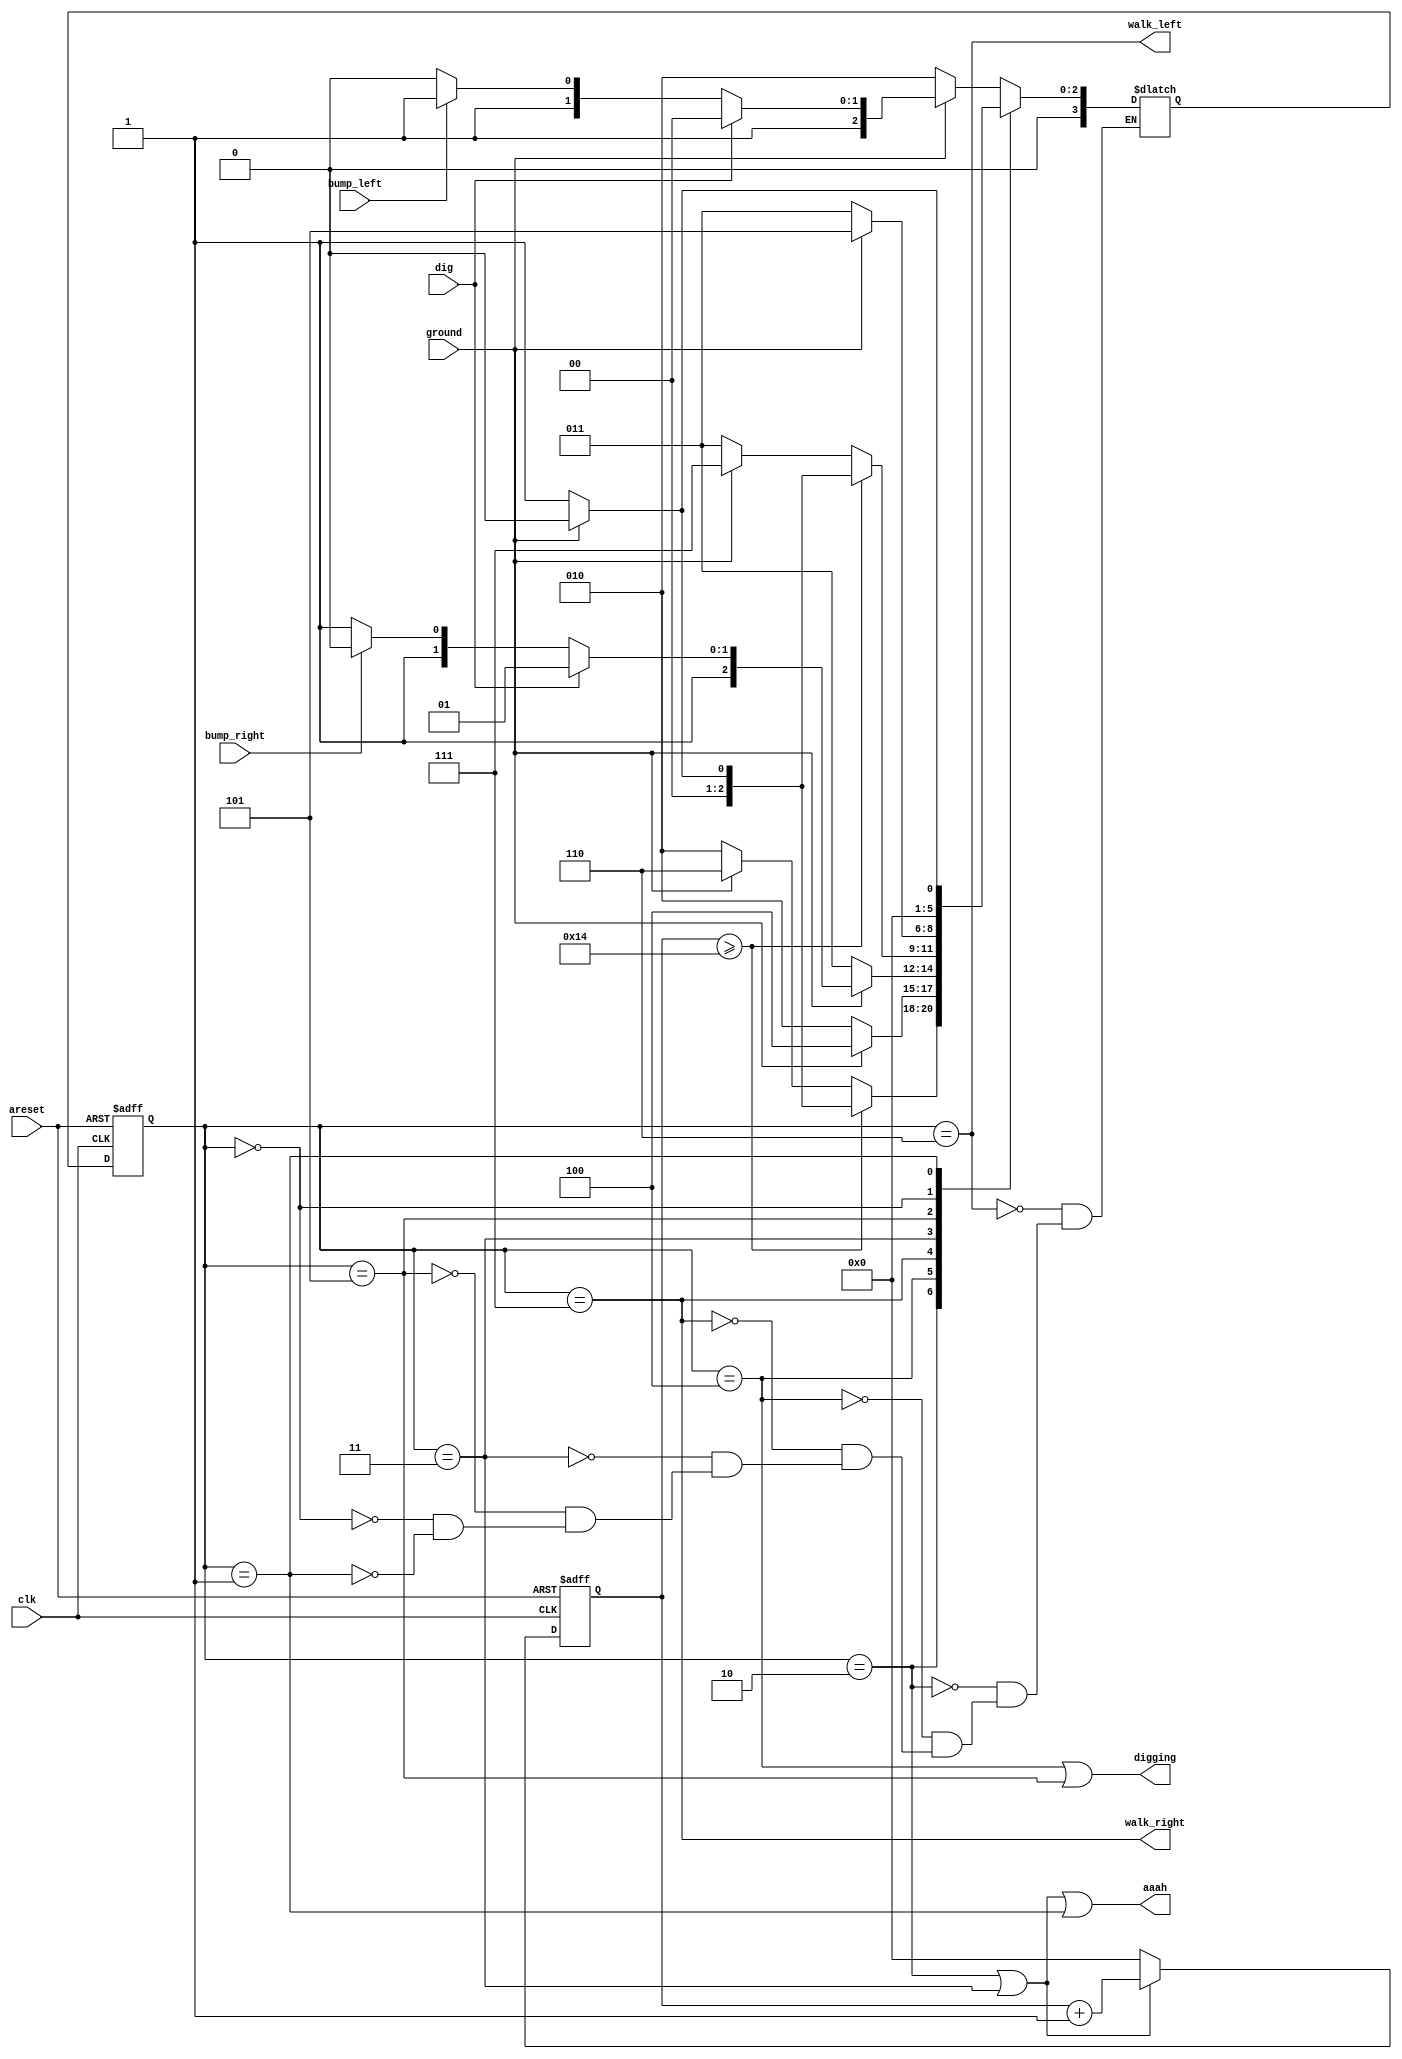
module top_module(
    input clk,
    input areset,    // Freshly brainwashed Lemmings walk left.
    input bump_left,
    input bump_right,
    input ground,
    input dig,
    output walk_left,
    output walk_right,
    output aaah,
    output digging ); 

    //-------------Internal Constants-----------------
    // F > D > W Switch 
    parameter SPLAT0=0, SPLAT1=1, FL=2, FR=3, DL=4, DR=5, WL=6, WR=7;	// States 
    
    //-------------Internal Variables-----------------
    reg [3:0] state, next_state; //used Binary encoding, 4 state bits required.
	// Counter for tracking the number of clock cycles in FL state
    reg [4:0] flr_counter;   // For max 21 cycles
    
    
    // State transition logic - Combinational Logic
    always @(*) begin
        case(state)
            WL : begin 
                if (ground)
                    next_state = (dig ? DL : (bump_left ? WR : WL)) ;
                else
                    next_state = FL;
            end
            FL : begin 
                if (flr_counter >= 20 )
                    next_state = ground ? SPLAT0 : SPLAT1 ;
                else
                	next_state = ground ? WL : FL;
            end
            DL : next_state = ground ? DL : FL;
            WR : begin 
                if (ground)
                    next_state = dig ? DR : (bump_right ? WL : WR) ;
                else
                    next_state = FR;
            end
            FR :begin 
                if (flr_counter >= 20 )
                    next_state = ground ? SPLAT0 : SPLAT1 ;
                else
                	next_state = ground ? WR : FR;
            end
            DR : next_state = ground ? DR : FR;
            SPLAT0: next_state = SPLAT0 ;
            SPLAT1: next_state = ground ? SPLAT0 : SPLAT1 ;
            // default : next_state = SPLAT;
        endcase
    end

    // Current state logic - Sequential Logic
    always @(posedge clk, posedge areset) begin
        // asynchronous reset
        if(areset) begin
            state <= WL;
        	flr_counter <= 0;
        end
        else begin
            state <= next_state;
            if (state == FL || state == FR) 
                flr_counter <= flr_counter + 1;
            else 
                flr_counter <= 0;
        end
    end
    
    // Output logic - Combinational output logic
    assign aaah = (state == FL || state == FR || state == SPLAT1) ; 
    assign digging = (state == DL || state == DR);
    assign walk_left = (state == WL ); 
    assign walk_right = (state == WR );       
    
endmodule